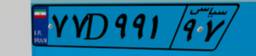
۹۴D۰۸۱۲۵